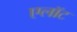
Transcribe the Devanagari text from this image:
एलॉट